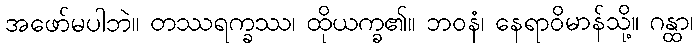
အဖော်မပါဘဲ။ တဿရက္ခဿ၊ ထိုယက္ခ၏။ ဘဝနံ၊ နေရာဝိမာန်သို့။ ဂန္ထာ၊